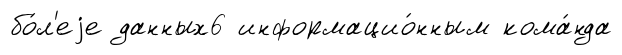
бо́л'еjе данных6 информацио́нным кома́нда